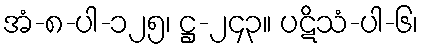
အံ-၈-ပါ-၁၂၅၊ ဋ္ဌ-၂၄၃။ ပဋိသံ-ပါ-၆၊